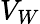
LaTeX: V_{W}